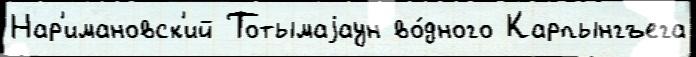
Нар'имановск'ий Тотымаjаун во́дного Карпынгъега